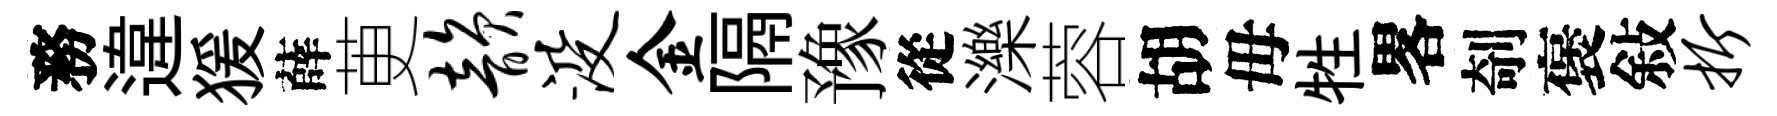
務違猨薛茰韵没金隔豫從濼蓉胡毋牲畧剞褒敍折